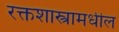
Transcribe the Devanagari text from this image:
रक्तशास्त्रामधील